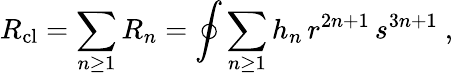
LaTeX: R_{\mathrm{cl}}=\sum_{n\ge 1}R_{n}=\oint\sum_{n\ge 1}h_{n}\, r^{2n+1}\, s^{3n+1}\ ,